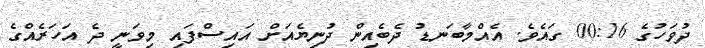
ދުވަހުގެ 00:16 ގައެވެ. އެއްމާބަނޑު ދެބެއިން ދުނިޔެއަށް އައިސްފައި މިވަނީ ދެ އަހަރެއްގެ